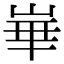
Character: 崋